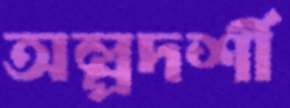
অল্পদর্শী